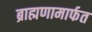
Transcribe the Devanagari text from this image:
ब्राह्मणामार्फत